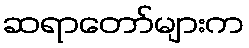
ဆရာတော်များက